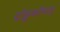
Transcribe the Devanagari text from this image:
दोड्डकोप्पलू